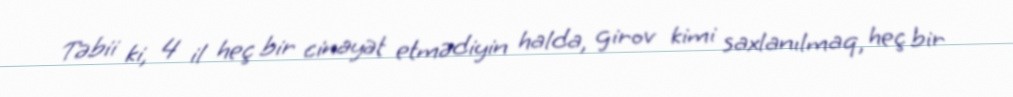
Təbii ki, 4 il heç bir cinayət etmədiyin halda, girov kimi saxlanılmaq, heç bir